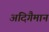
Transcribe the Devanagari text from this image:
अदिगैमान